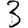
Digit: 3